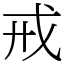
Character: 戒